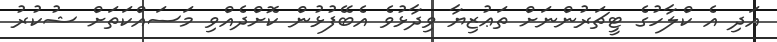
އަދި އެ ކްލާހުގެ ޓީޗަރުންނަށް ތަޢުޒިޔާ ވިދާޅުވެ އެބޭފުޅުން ކޮށްދެއްވި މަސައްކަތަށް ޝުކުރު